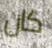
كان